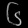
Digit: ၆